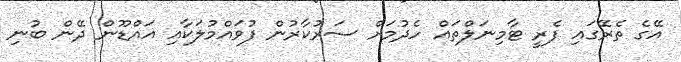
އޭގެ ތެރޭގައި ފެރީ ޓާމިނަލްތައް ހެދުމަށް ސަރުކާރުން ފުވައްމުލަކާއި އައްޑޫން ދޭން ބުނި